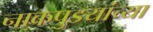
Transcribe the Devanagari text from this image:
नाकपुडयांच्या